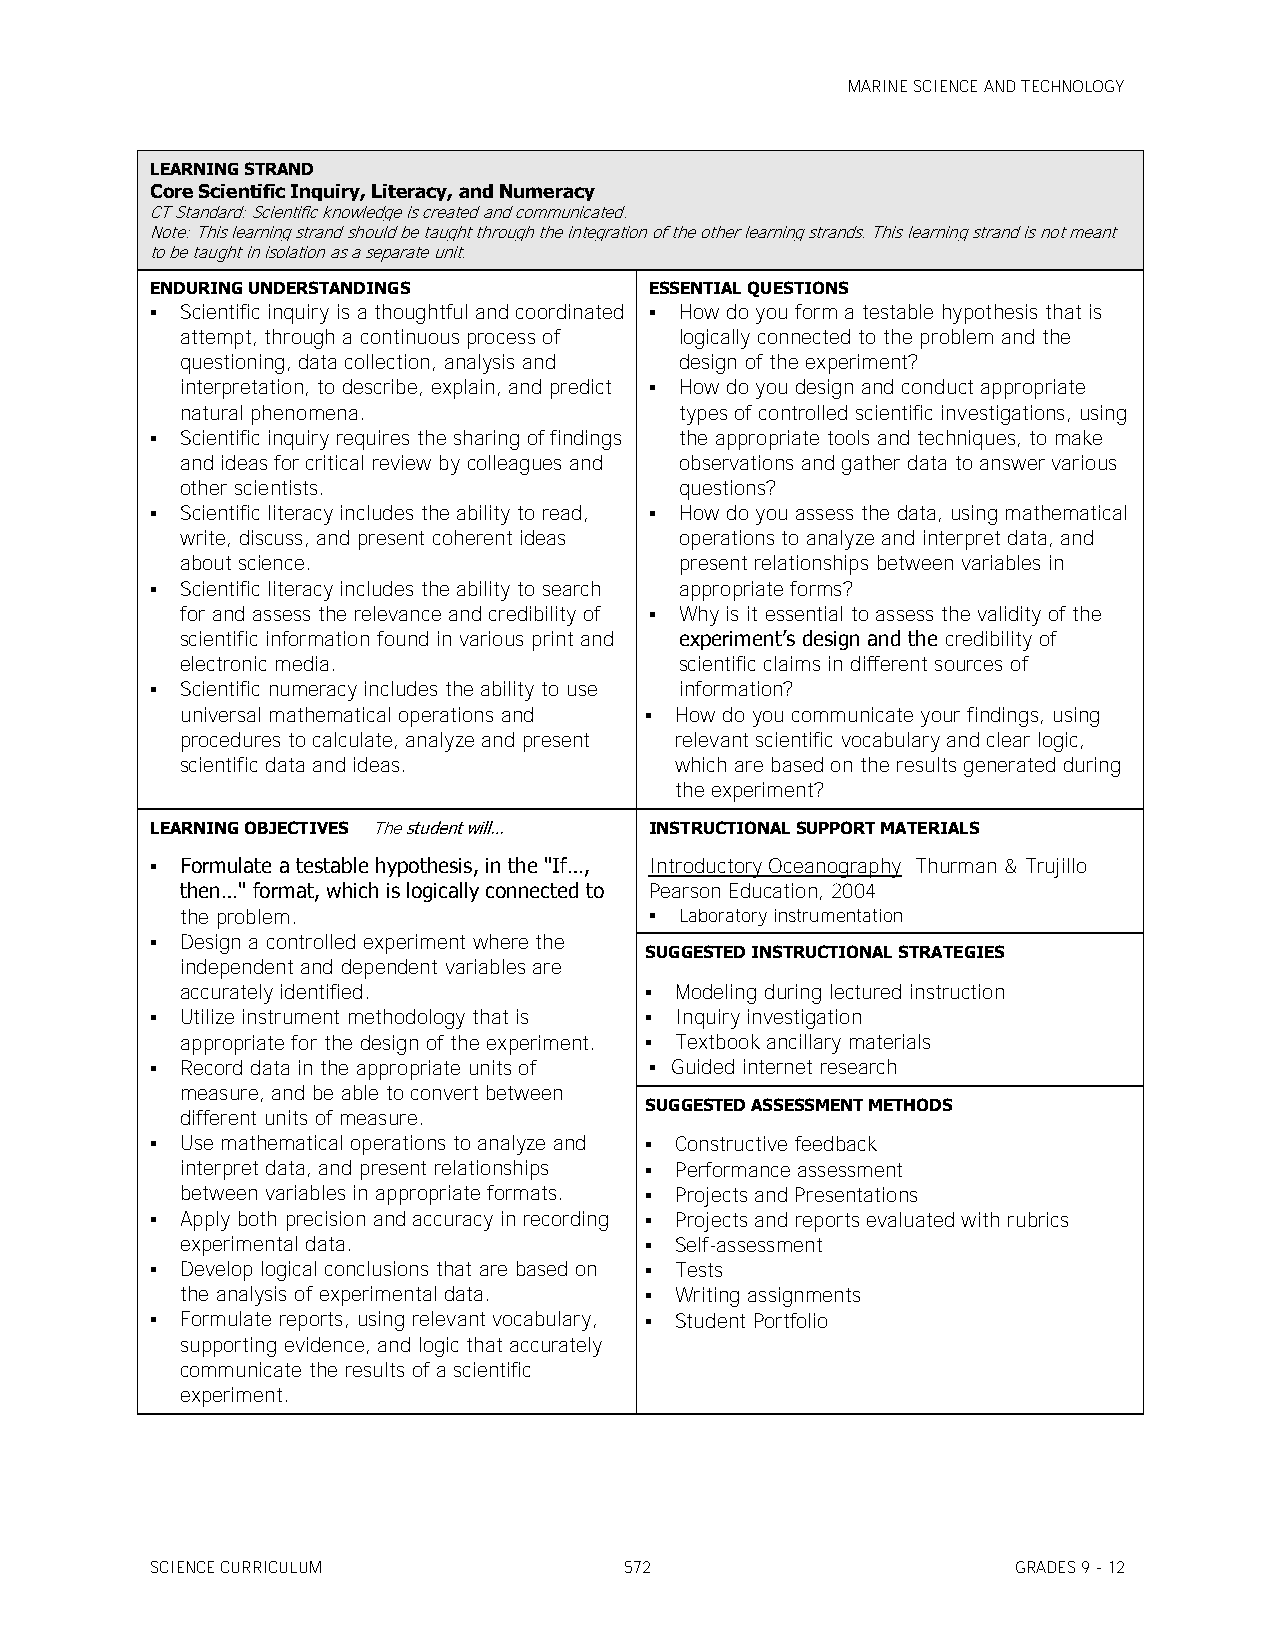
MARINE SCIENCE AND TECHNOLOGY
 LEARNING STRAND
 Core Scientific Inquiry, Literacy, and Numeracy
 CT Standard: Scientific knowledge is created and communicated.
 Note: This learning strand should be taught through the integration of the other learning strands. This learning strand is not meant
 to be taught in isolation as a separate unit.
 ENDURING UNDERSTANDINGS          ESSENTIAL QUESTIONS
  Scientific inquiry is a thoughtful and coordinated  How do you form a testable hypothesis that is
 attempt, through a continuous process of logically connected to the problem and the
 questioning, data collection, analysis and design of the experiment?
 interpretation, to describe, explain, and predict  How do you design and conduct appropriate
 natural phenomena.               types of controlled scientific investigations, using
  Scientific inquiry requires the sharing of findings the appropriate tools and techniques, to make
 and ideas for critical review by colleagues and observations and gather data to answer various
 other scientists.                questions?
  Scientific literacy includes the ability to read,  How do you assess the data, using mathematical
 write, discuss, and present coherent ideas operations to analyze and interpret data, and
 about science.                   present relationships between variables in
  Scientific literacy includes the ability to search appropriate forms?
 for and assess the relevance and credibility of  Why is it essential to assess the validity of the
 scientific information found in various print and experiment’s design and the credibility of
 electronic media.                scientific claims in different sources of
  Scientific numeracy includes the ability to use information?
 universal mathematical operations and  How do you communicate your findings, using
 procedures to calculate, analyze and present relevant scientific vocabulary and clear logic,
 scientific data and ideas.       which are based on the results generated during
 the experiment?
 LEARNING OBJECTIVES The student will… INSTRUCTIONAL SUPPORT MATERIALS
  Formulate a testable hypothesis, in the "If…, Introductory Oceanography Thurman & Trujillo
 then…" format, which is logically connected to Pearson Education, 2004
 the problem.                    Laboratory instrumentation
  Design a controlled experiment where the
 SUGGESTED INSTRUCTIONAL STRATEGIES
 independent and dependent variables are
 accurately identified.          Modeling during lectured instruction
  Utilize instrument methodology that is  Inquiry investigation
 appropriate for the design of the experiment.  Textbook ancillary materials
  Record data in the appropriate units of  Guided internet research
 measure, and be able to convert between
 SUGGESTED ASSESSMENT METHODS
 different units of measure.
  Use mathematical operations to analyze and  Constructive feedback
 interpret data, and present relationships  Performance assessment
 between variables in appropriate formats.  Projects and Presentations
  Apply both precision and accuracy in recording  Projects and reports evaluated with rubrics
 experimental data.              Self-assessment
  Develop logical conclusions that are based on  Tests
 the analysis of experimental data.  Writing assignments
  Formulate reports, using relevant vocabulary,  Student Portfolio
 supporting evidence, and logic that accurately
 communicate the results of a scientific
 experiment.
 SCIENCE CURRICULUM             572                       GRADES 9 - 12